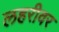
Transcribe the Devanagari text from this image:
लहरीवर